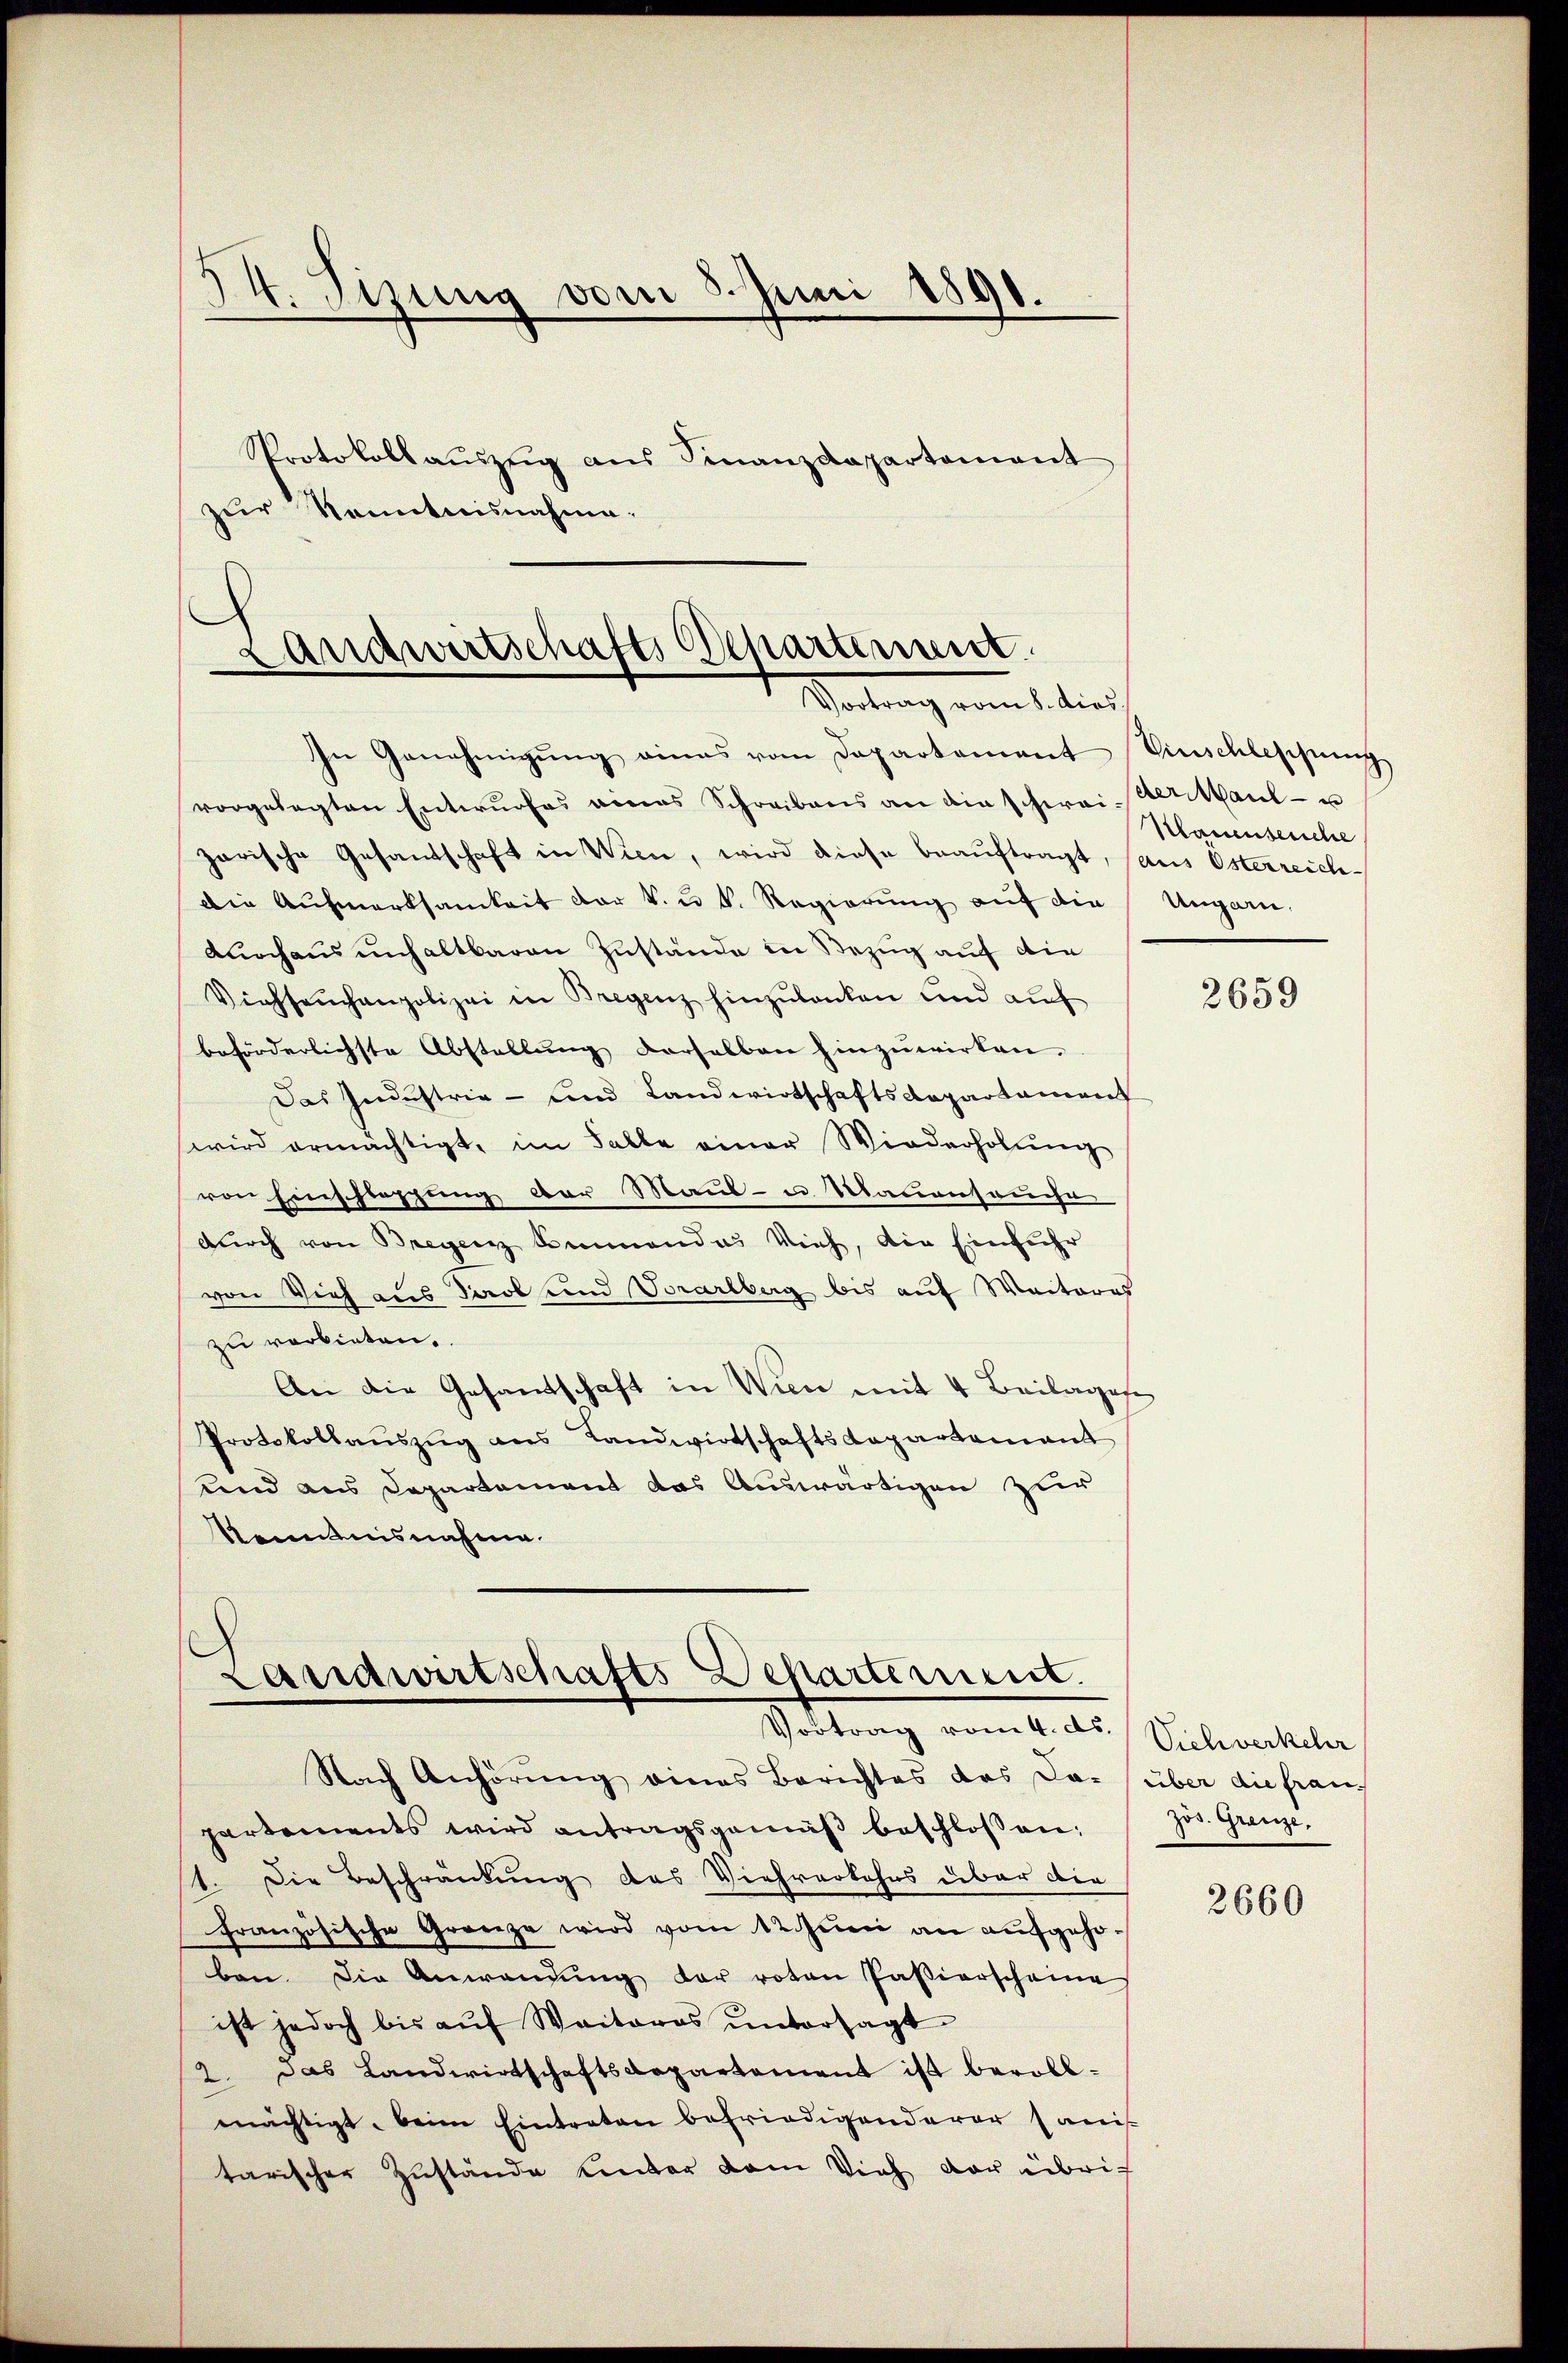
14. Tizung vom 3. Juni 1890.
Protokollaŭszŭg aŭs Finanzdepartement
zur Kenntnisnahme.

andwirtschafts Departement
Vortrag vom 8. dies

In Genehmigung eines vom Departement Einschleschung

vorgelegten Entwŭrfes eines Schreibens an die schwaiser Maul- u
zarische Gesandschaft in Wien, wird diese beauftragt, (aus Osterreich-
Die Aŭfmerksamkeit der k. u. k. Regierŭng auf die Ungarn,
durchaus unhaltbaren Zustände in Bezug auf die
Viehseuchenpolizei in Bregenz hinzulanken und auf
beförderlichste Abstellung derselben hinzuwirken.
Das Industrie - und Landwirtschaftsdepartament
wird ermächtigt, im Falle einer Wiederholŭng
von Einschlesung der Maul- u Mauenseuche
durch von Bregenz Bemandas Vieh, die Einführ
von Vieh aus Darob und Vorarlberg bis auf Weiteres
zu verbieten.
An die Gesamtschaft in Wien mit 4 Beilages
Protokollauszug aus Landwirtschaftsdepartement
und aus Departement das Auswärtigen zur
Kenntnisnahme.

Landwirtschafts-Departement.
Vortrag vom 4. ds.

Nach Anhörung eines Berichtes das La- über die fran-
partements wird antragsgemäβ beschlossen:
1. Die Beschränkung des Viehrerkohns über die
französische Grenze wird vom 12. Juni an aufgehoben. Die Anwendŭng der roten Passierscheine
ist jedoch bis aŭf Waitores ŭntersagt
2. Das Landwirtschaftsdepartement ist bevollmächtigt, beim Eintraten befriedigenderer Paris
tarischer Zustände unter dem Vieh der übri¬

Hauensersche

2659

Sichverkehr
zös. Grenze.

2660